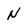
Character: n